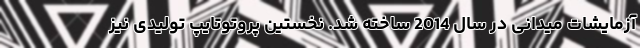
آزمایشات میدانی در سال 2014 ساخته شد. نخستین پروتوتایپ تولیدی نیز